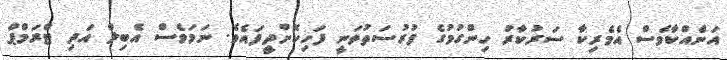
އަނެއްކާވެސް އެމެރިކާ ސަރުކާރު ހިންގުމުގެ ފުރުސަތުވަނީ ފަހިކޮށްދީފައެވެ. ނަމަވެސް އެބިލް އަދި ޓްރަމްޕް